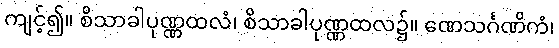
ကျင့်၍။ စိသာခါပုဏ္ဏထလံ၊ စိသာခါပုဏ္ဏထလ၌။ ဏေသင်္ဂဏိကံ၊